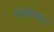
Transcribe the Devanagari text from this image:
गर्गापारु